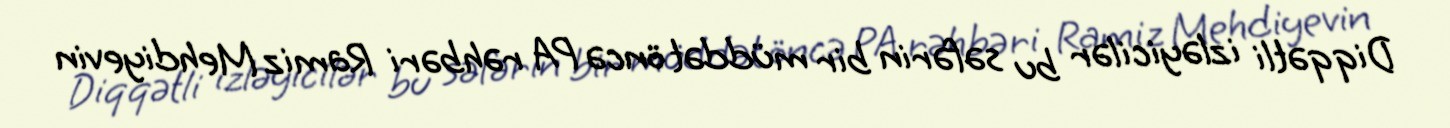
Diqqətli izləyicilər bu səfərin bir müddət öncə PA rəhbəri Ramiz Mehdiyevin